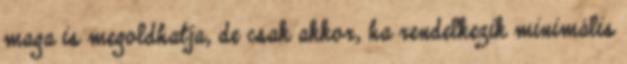
maga is megoldhatja, de csak akkor, ha rendelkezik minimális